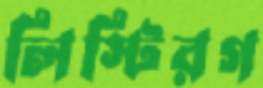
লিস্টিরগ